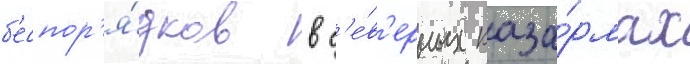
б'еспор'я́дков в с'е́в'ерных каза́рмах